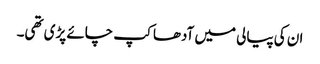
ان کی پیالی میں آدھا کپ چائے پڑی تھی۔